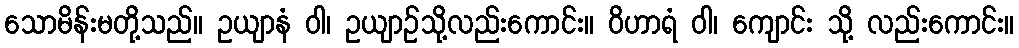
သောမိန်းမတို့သည်။ ဥယျာနံ ဝါ၊ ဥယျာဉ်သို့လည်းကောင်း။ ဝိဟာရံ ဝါ၊ ကျောင်း သို့ လည်းကောင်း။